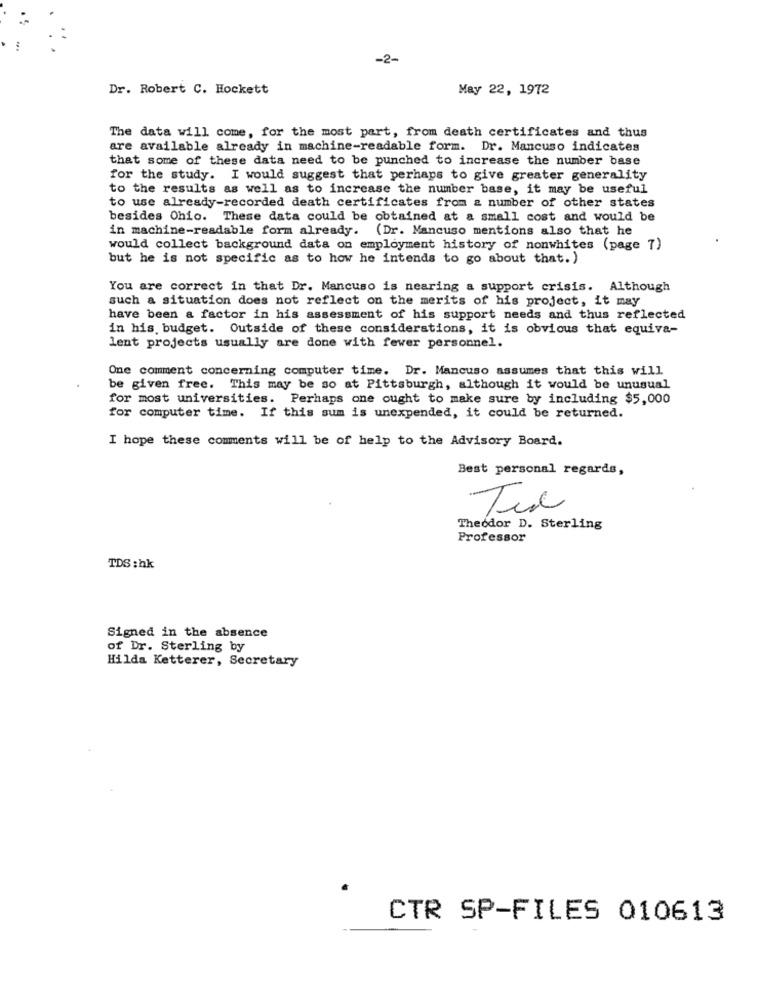
-2-
Dr. Robert C. Hockett
May 22, 1972
The data will come, for the most part, from death certificates and thus
are available already in machine-readable form. Dr. Mancuso indicates
that some of these data need to be punched to increase the number base
for the study. I would suggest that perhaps to give greater generality
to the results as well as to increase the number base, it may be useful
to use already-recorded death certificates from a number of other states
besides Ohio. These data could be obtained at a small cost and would be
in machine-readable form already. (Dr. Mancuso mentions also that he
would collect background data on employment history of nonwhites (page 7)
but he is not specific as to how he intends to go about that.)
You are correct in that Dr. Mancuso is nearing a support crisis. Although
such a situation does not reflect on the merits of his project, it may
have been a factor in his assessment of his support needs and thus reflected
in his budget. Outside of these considerations, it is obvious that equiva-
lent projects usually are done with fewer personnel.
One comment concerning computer time. Dr. Mancuso assumes that this will
be given free. This may be so at Pittsburgh, although it would be unusual
for most universities. Perhaps one ought to make sure by including $5,000
for computer time. If this sum is unexpended, it could be returned.
I hope these comments will be of help to the Advisory Board.
Best personal regards,
Theodor D. Sterling
Professor
TDS :hk
Signed in the absence
of Dr. Sterling by
Hilda Ketterer, Secretary
CTR SP-FILES 010613